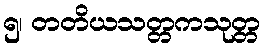
၅၊ တတိယသတ္တကသုတ္တ